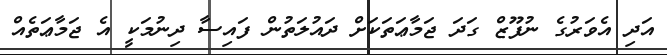
އަދި އެވަރުގެ ނުފޫޒް ގަދަ ޖަމާޢަތަކަށް ދައުލަތުން ފައިސާ ދިނުމަކީ އެ ޖަމާޢަތެއް